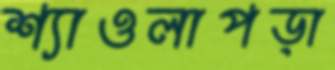
শ্যাওলাপড়া